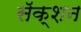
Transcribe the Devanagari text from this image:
सॅक्शन